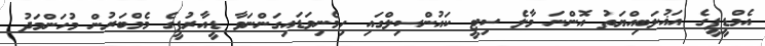
އެމްޑީޕީގެ އަޣުލަބިއްޔަތު އޮންނަ މާލެ ސިޓީ ކައުންސިލްގައި ހިމެނިވަޑައިގަންނަވާ ޑީއާރުޕީގެ މެމްބަރުން މުހަންމަދު